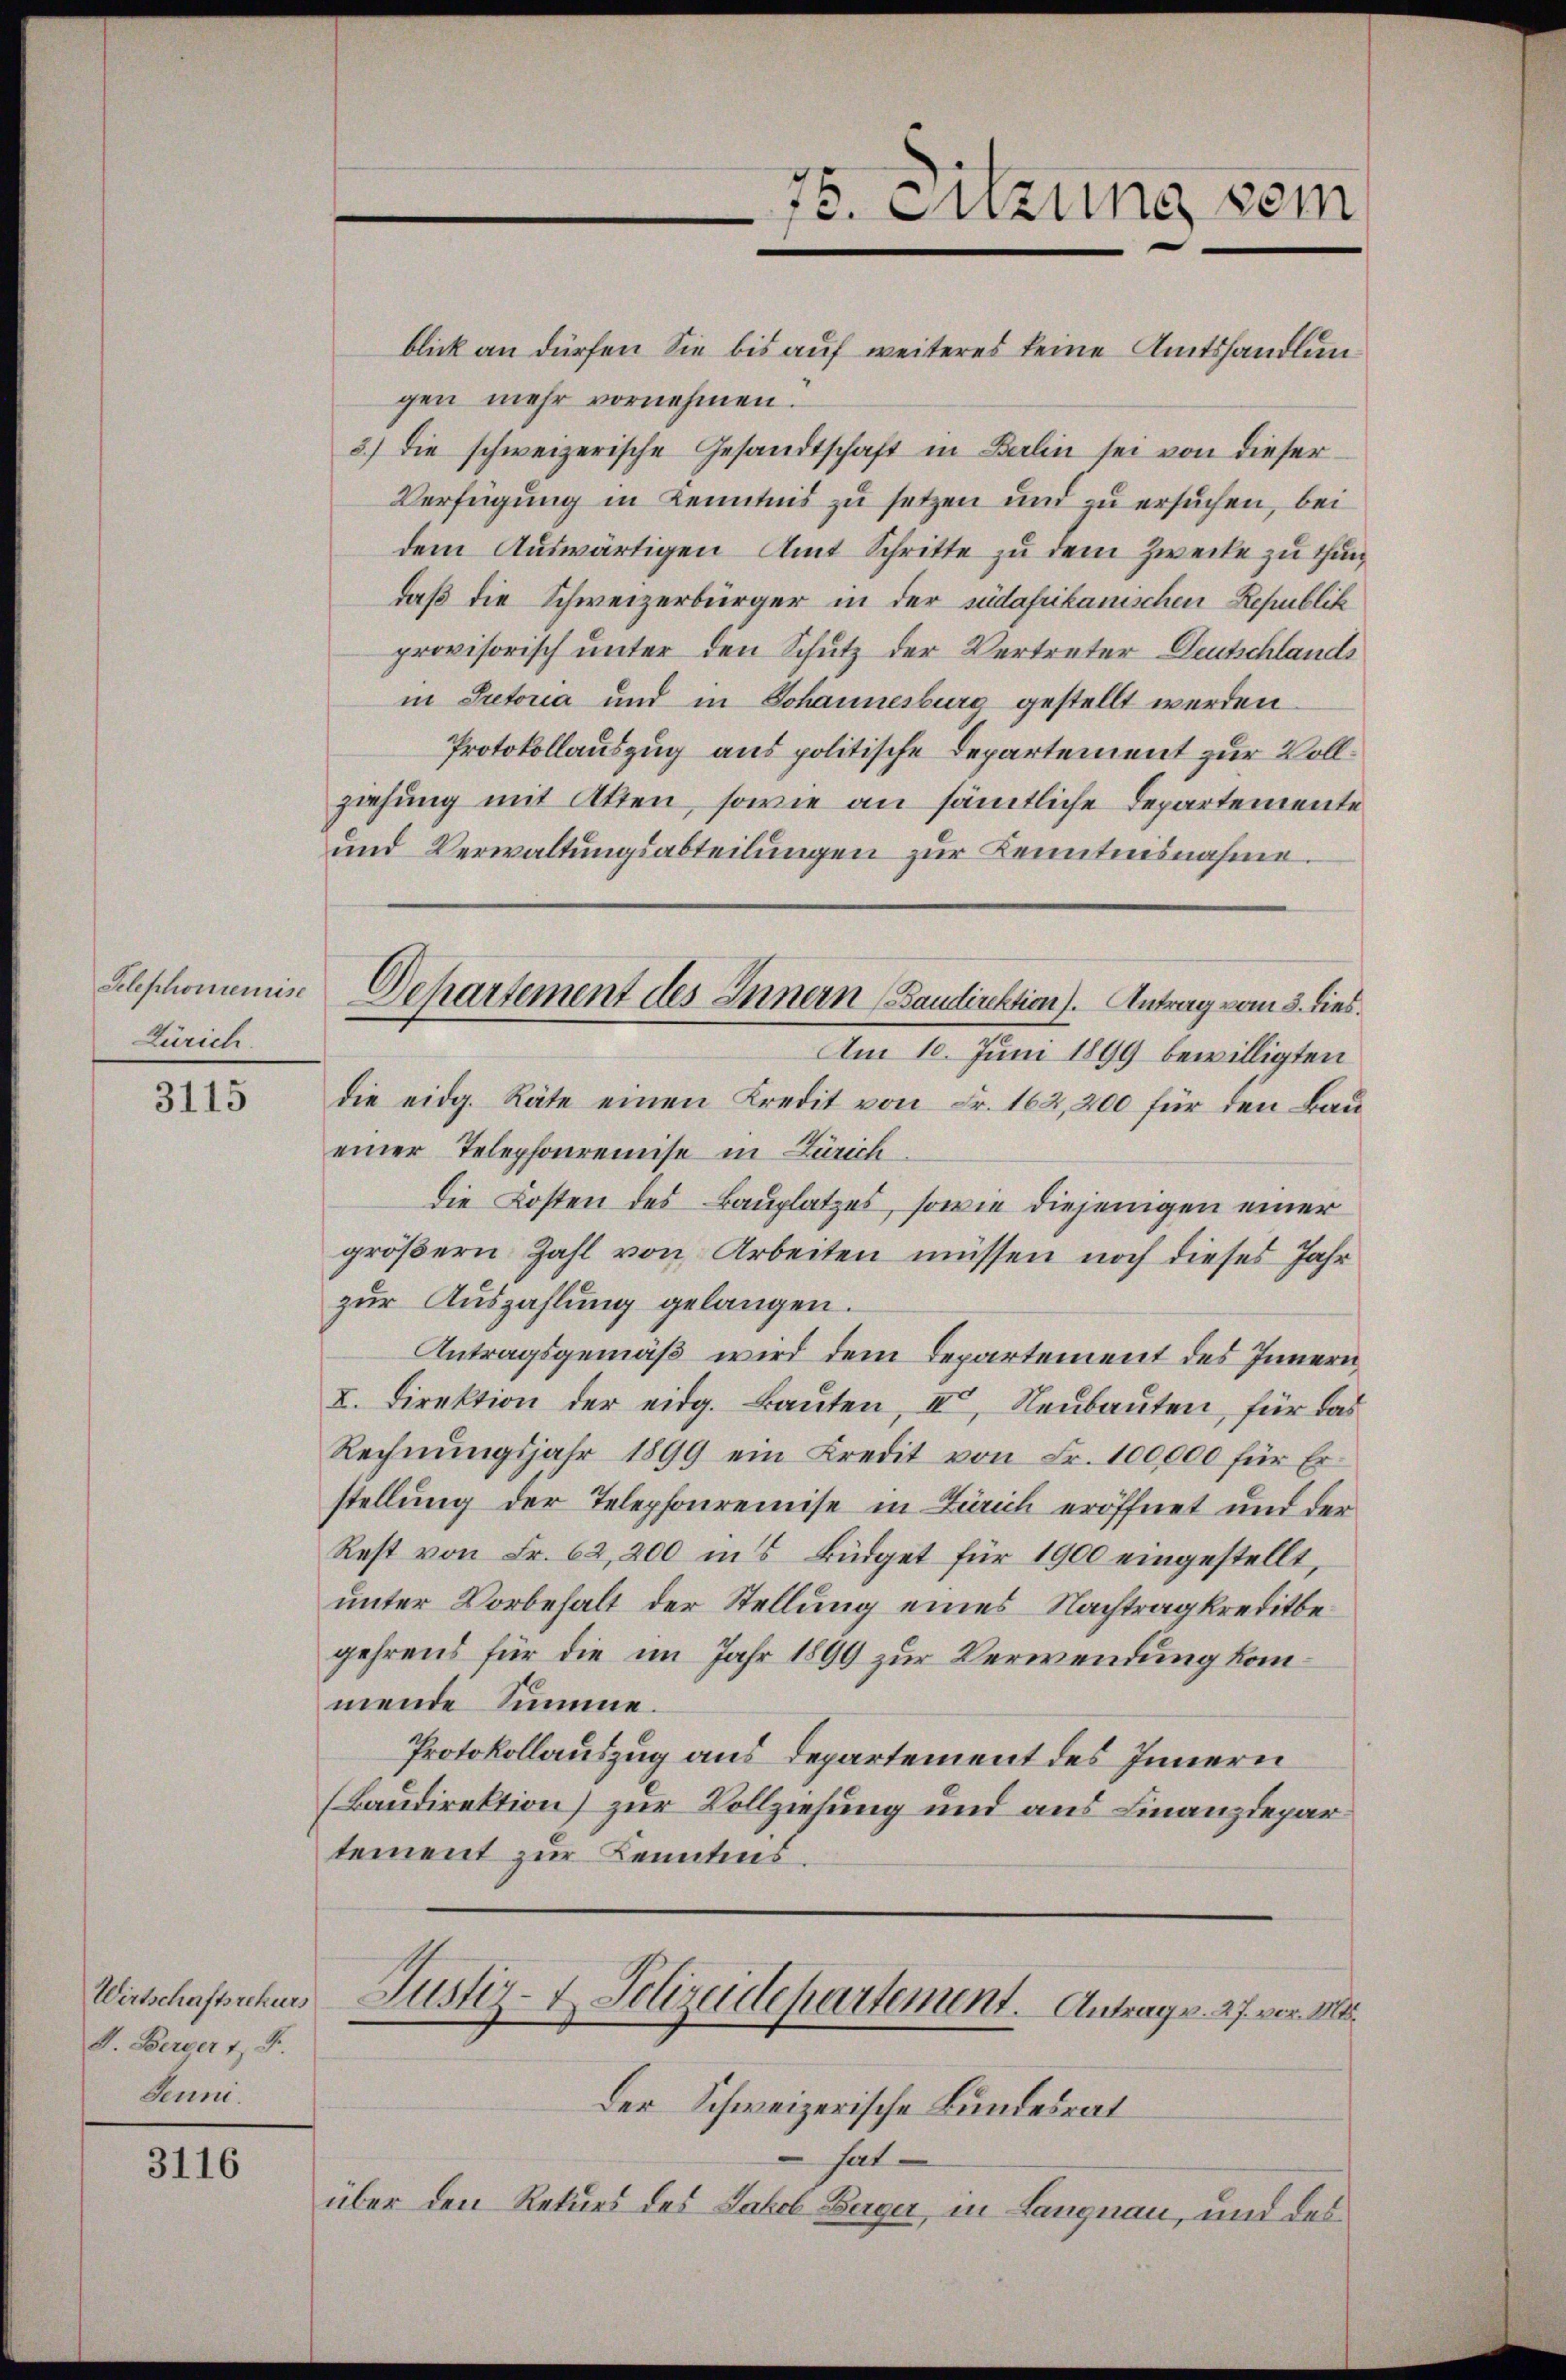
Telephonienrise
Zürich.

3115

Wirtschaftsrekurs
V. Berger 1 Fr.
Jeuni.

3116

Dehartement des Innern (Baudirektion). Antrag vom 3. dies

75. Sitzung vom

blick an dürfen Sie bis auf weiteres keine Amtshandlungen mehr vornehmen.
3.) Die schweizerische Gesandtschaft in Berlin sei von dieser
Verfügung in Kenntnis zu setzen und zu ersuchen, bei
dem Auswärtigen Amt Schritte zu dem Zwecke zu thun
daß die Schweizerbürger in der nidafrikanischen Republik
provisorisch unter den Schutz der Vertreter Deutschlande
in Prectoria und in Johannesburg gestellt werden.
Protokollauszug aus politische Departement zur Vollziehung mit Atten, sowie an sämtliche Departemente
und Verwaltungsabteilungen zur Kenntnisnahme.
Am 10. Juni 1899 bewilligten
die eidg. Räte einen Kredit von Fr. 162,200 für den Baueiner Telephonremise in Zürich
Die Kosten des Bauplatzes, sowie diejenigen einer
größern Zahl von Arbeiten müssen noch dieses Jahr
zur Auszahlung gelangen.
Antragsgemäß wird dem Departement des Innern,
I. Direktion der eidg. Baŭten, III, Neubauten, für das
Rechnŭngsjahr 1899 ein Kredit von Fr. 100,000 für Er-
stellung der Telephonremise in Zürich eröffnet und der
Rest von Fr. 62, 200 in 5 Büdget für 1900 eingestellt,
unter Vorbehalt der Stellung eines Nachtrag kreditbegehrens für die im Jahr 1899 zur Verwendung kommende Summe.
Protokollauszug aus Departement des Innern
(Baudirektion) zur Vollziehung und aus Finanzdepar
tement zur Kenntens.
Justiz- & Polizeidepartement. Antrag. 27. vor. M
Der Schweizerische Bundesrat
hat
über den Rekurs des Jakob Berger, in Langnau, und des